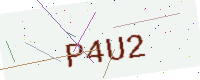
Text: P4U2